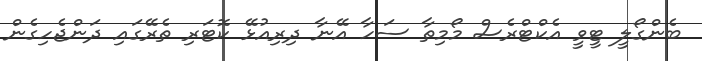
ބެންގޯލީ ޓީވީ އެކްޓްރެސް މޯމިތާ ސަހާ އޭނާ ދިރިއުޅޭ ކޮޓަރި ތެރޭގައި ދަންޖެހިގެން